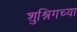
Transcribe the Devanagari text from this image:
शुश्निगच्या